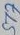
Text: ST7